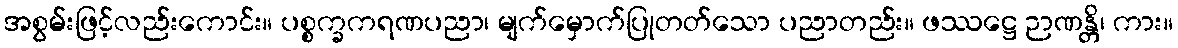
အစွမ်းဖြင့်လည်းကောင်း။ ပစ္စက္ခကရဏပညာ၊ မျက်မှောက်ပြုတတ်သော ပညာတည်း။ ဖဿဋ္ဌေ ဉာဏန္တိ၊ ကား။